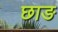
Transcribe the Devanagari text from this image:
छाङ